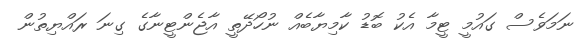
ނަމަވެސް ގައުމީ ޓީމާ އެކު ބޮޑު ކާމިޔާބެއް ނުހޯދޭތީ އާޖެންޓީނާގެ ގިނަ ރައްޔިތުން